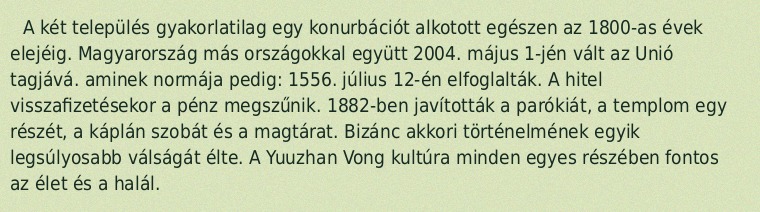
A két település gyakorlatilag egy konurbációt alkotott egészen az 1800-as évek elejéig. Magyarország más országokkal együtt 2004. május 1-jén vált az Unió tagjává. aminek normája pedig: 1556. július 12-én elfoglalták. A hitel visszafizetésekor a pénz megszűnik. 1882-ben javították a parókiát, a templom egy részét, a káplán szobát és a magtárat. Bizánc akkori történelmének egyik legsúlyosabb válságát élte. A Yuuzhan Vong kultúra minden egyes részében fontos az élet és a halál.